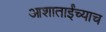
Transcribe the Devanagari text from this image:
आशाताईंच्याच